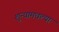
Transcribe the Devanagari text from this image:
शुन्यामधल्या